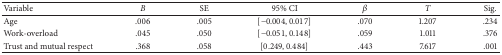
| Variable | B | SE | 95% CI | β | T | Sig. |
 | --- | --- | --- | --- | --- | --- | --- |
 | Age | .006 | .005 | [−0.004, 0.017] | .070 | 1.207 | .234 |
 | Work-overload | .045 | .050 | [−0.051, 0.148] | .059 | 1.011 | .376 |
 | Trust and mutual respect | .368 | .058 | [0.249, 0.484] | .443 | 7.617 | .001 |